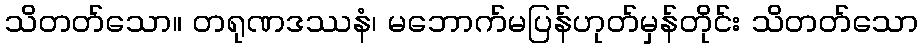
သိတတ်သော။ တရုဏဒဿနံ၊ မဘောက်မပြန်ဟုတ်မှန်တိုင်း သိတတ်သော